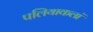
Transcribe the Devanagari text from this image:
पलियाकलां